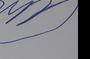
Signature authenticity: forged